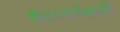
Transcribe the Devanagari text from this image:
मैदानापेक्षाही